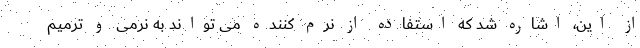
از این، اشاره شد که استفاده از نرم کننده می تواند به نرمی و ترمیم